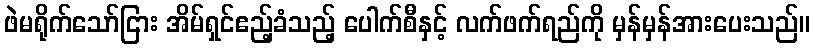
ဖဲမရိုက်သော်ငြား အိမ်ရှင်ဧည့်ခံသည့် ပေါက်စီနှင့် လက်ဖက်ရည်ကို မှန်မှန်အားပေးသည်။